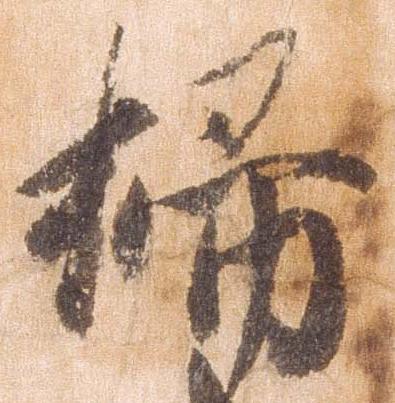
掃